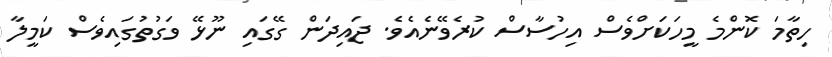
ހިތާމަ ކޮންމެ މީހަކަށްވެސް އިހުސާސް ކުރެވޭނެއެވެ. ޖައިދަން ގޭގައި ނޫޅޭ ވަގުތުގައިވެސް ކަމީލާ